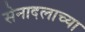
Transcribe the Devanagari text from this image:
सेनादलाच्या